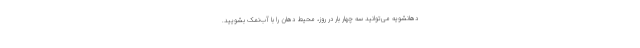
دهانشویه می‌توانید سه چهار بار در روز، محیط دهان را با آب‌نمک بشویید.